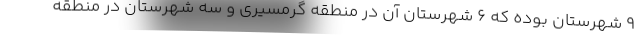
۹ شهرستان بوده که ۶ شهرستان آن در منطقه گرمسیری و سه شهرستان در منطقه